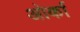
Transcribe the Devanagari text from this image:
ओर्का